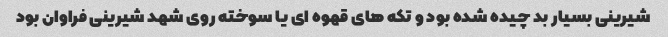
شیرینی بسیار بد چیده شده بود و تکه های قهوه ای یا سوخته روی شهد شیرینی فراوان بود